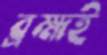
ব্রহ্মই